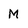
Character: M